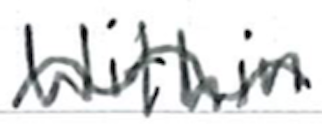
Text: within
Cross-out: wave
Writing tool: ballpoint